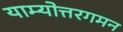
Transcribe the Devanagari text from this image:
याम्योत्तरगमन